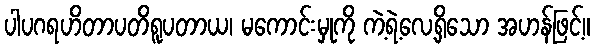
ပါပဂရဟိတာပတိရူပတာယ၊ မကောင်းမှုကို ကဲ့ရဲ့လေ့ရှိသော အဟန်ဖြင့်။